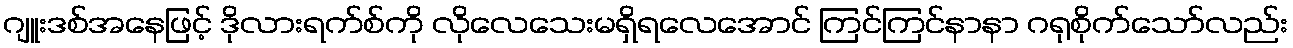
ဂျူးဒစ်အနေဖြင့် ဒိုလားရက်စ်ကို လိုလေသေးမရှိရလေအောင် ကြင်ကြင်နာနာ ဂရုစိုက်သော်လည်း